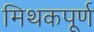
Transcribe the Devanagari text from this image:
मिथकपूर्ण